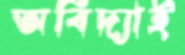
অবিদ্যাই